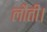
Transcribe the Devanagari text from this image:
लौती।